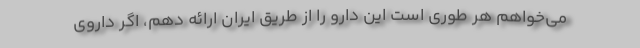
می‌خواهم هر طوری است این دارو را از طریق ایران ارائه دهم، اگر داروی